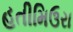
હતીમિઉરા